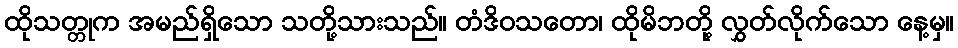
ထိုသတ္တုက အမည်ရှိသော သတို့သားသည်။ တံဒိဝသတော၊ ထိုမိဘတို့ လွှတ်လိုက်သော နေ့မှ။